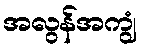
အလွန်အကျွံ